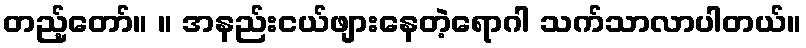
တည့်တော်။ ။ အနည်းငယ်ဖျားနေတဲ့ရောဂါ သက်သာလာပါတယ်။